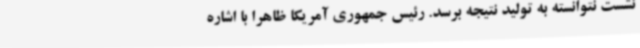
نشست نتوانسته به تولید نتیجه برسد. رئیس جمهوری آمریکا ظاهرا با اشاره